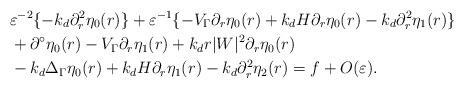
LaTeX: \begin{align*} &\varepsilon^{-2}\{-k_d\partial_r^2\eta_0(r)\}+\varepsilon^{-1}\{-V_\Gamma\partial_r\eta_0(r)+k_dH\partial_r\eta_0(r)-k_d\partial_r^2\eta_1(r)\} \\ &+\partial^\circ\eta_0(r)-V_\Gamma\partial_r\eta_1(r)+k_dr|W|^2\partial_r\eta_0(r) \\ &-k_d\Delta_\Gamma\eta_0(r)+k_dH\partial_r\eta_1(r)-k_d\partial_r^2\eta_2(r) = f+O(\varepsilon).\end{align*}